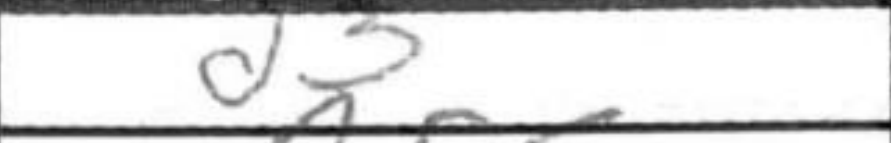
Transcription: d5